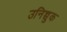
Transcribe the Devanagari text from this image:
उनिच्चुक